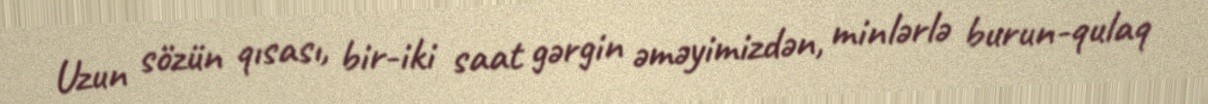
Uzun sözün qısası, bir-iki saat gərgin əməyimizdən, minlərlə burun-qulaq